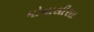
મોનાલીસા